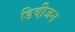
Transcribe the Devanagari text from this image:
डिवी़जन